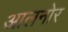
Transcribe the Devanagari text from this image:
आलनोर